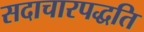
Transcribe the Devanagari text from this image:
सदाचारपद्धति